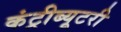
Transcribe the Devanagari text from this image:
कंट्रीब्यूटरी